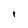
Character: 1